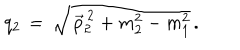
q _ { 2 } \, = \, \sqrt { \, \vec { p } _ { 2 } ^ { \, 2 } + m _ { 2 } ^ { 2 } - m _ { 1 } ^ { 2 } } \, .